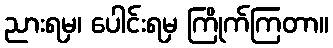
ညားရမှ၊ ပေါင်းရမှ ကြိုက်ကြတာ။